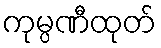
ကုမ္ပဏီထုတ်